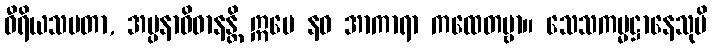
ဝီရိယသမတာ, အပ္ပနာဝိဓာနန္တိ ဣမေ နဝ အာကာရာ ကထေတဗ္ဗာ။ သေသကမ္မဋ္ဌာနေသုပိ